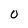
Character: 0